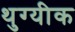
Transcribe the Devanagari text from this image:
थुग्यीक